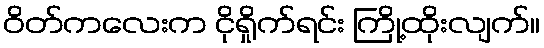
ဝိတ်ကလေးက ငိုရှိုက်ရင်း ကြို့ထိုးလျက်။